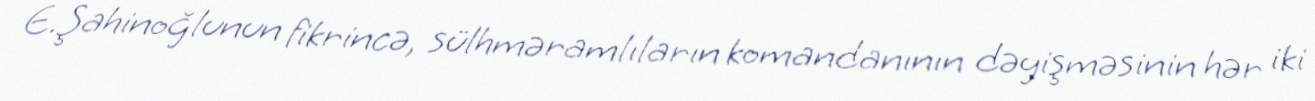
E.Şahinoğlunun fikrincə, sülhməramlıların komandanının dəyişməsinin hər iki